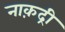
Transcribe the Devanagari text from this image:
नाक़द्री